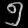
Digit: ၅